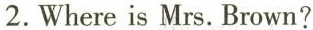
2.Where is Mrs.Brown?